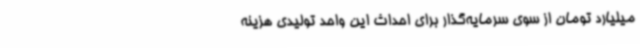
میلیارد تومان از سوی سرمایه‌گذار برای احداث این واحد تولیدی هزینه